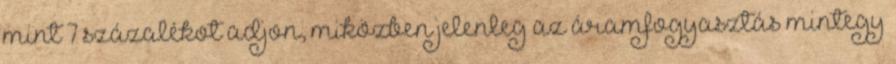
mint 7 százalékot adjon, miközben jelenleg az áramfogyasztás mintegy